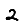
Digit: 2